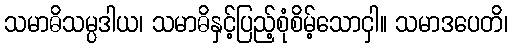
သမာဓိသမ္ပဒါယ၊ သမာဓိနှင့်ပြည့်စုံစိမ့်သောငှါ။ သမာဒပေတိ၊